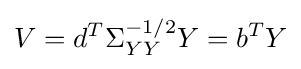
V=d^{T}\Sigma _{YY}^{-1/2}Y=b^{T}Y